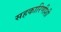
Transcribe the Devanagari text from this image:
सहकारिणीशी